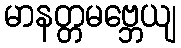
မာနတ္တမဗ္ဘေယျ